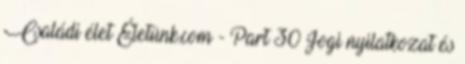
Családi élet Életünk.com - Part 30 Jogi nyilatkozat és